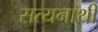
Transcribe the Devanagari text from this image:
सत्यनाथी